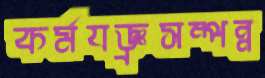
কর্মযজ্ঞ্রসম্পন্ন